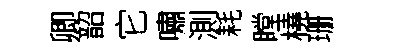
卿韶它嘯測耗瞠橈珊